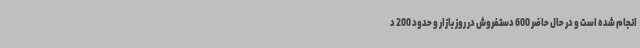
انجام شده است و در حال حاضر 600 دستفروش در روز بازار و حدود 200 د